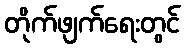
တိုက်ဖျက်ရေးတွင်